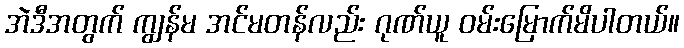
အဲဒီအတွက် ကျွန်မ အင်မတန်လည်း ဂုဏ်ယူ ဝမ်းမြောက်မိပါတယ်။